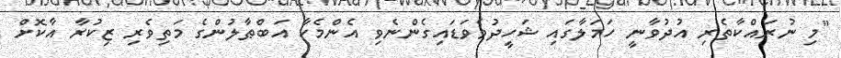
"މި ނުރައްކާތެރި އުދުވާނީ ހަމަލާގައި ޝަހީދުވެވަޑައިގެންނެވި އެންމެހާ އަބްޠާލުންގެ މަތިވެރި ޒިކުރާ އާކޮށް